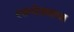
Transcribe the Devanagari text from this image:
रक्तरोड्याचा